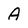
Character: A